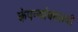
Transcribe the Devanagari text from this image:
कंपन्यांबद्दलची